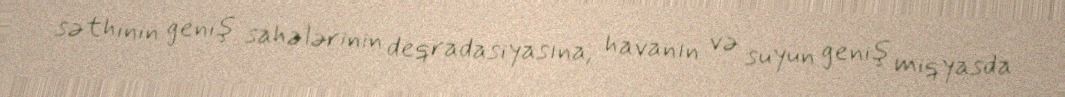
səthinin geniş sahələrinin deqradasiyasına, havanın və suyun geniş miqyasda